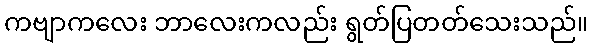
ကဗျာကလေး ဘာလေးကလည်း ရွတ်ပြတတ်သေးသည်။